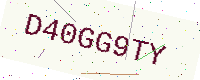
Text: D40GG9TY